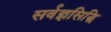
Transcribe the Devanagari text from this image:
सर्वज्ञसिद्धि